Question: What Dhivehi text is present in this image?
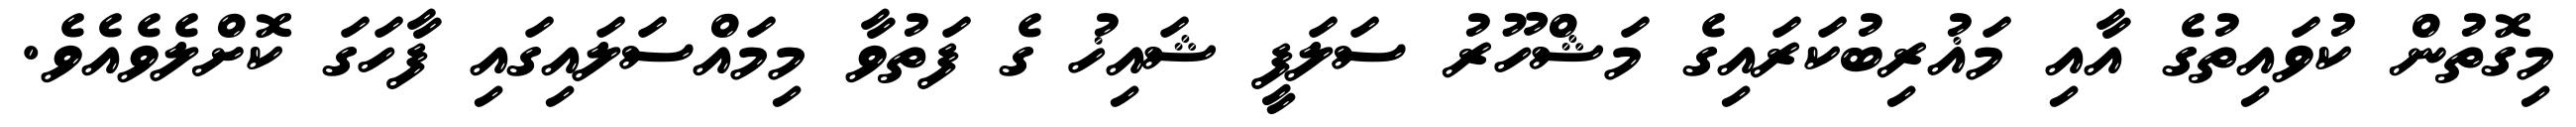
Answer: މިގޮތުން ކުވައިތުގެ އާއި މަޣުރިބުކަރައިގެ މަޝްހޫރު ސަލަފީ ޝައިޚު ގެ ފަތުވާ މިމައްސަލައިގައި ފާހަގަ ކޮށްލެވެއެވެ.